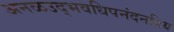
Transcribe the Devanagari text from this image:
अनळउद्भवधिपनंदनप्रिय